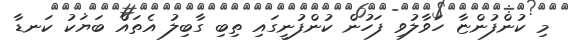
މި ކުންފުންޏާ ހަވާލުވި ފަހުން ކުންފުނީގައި ތިބި ގާބިލު އެތައް ބަޔަކު ކަނޑާ